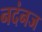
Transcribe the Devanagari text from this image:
नदंनज